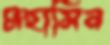
মহাসিন